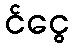
င်ငွေ